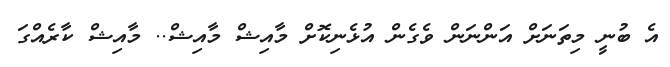
އެ ބުނީ މިތަނަށް އަންނަން ވެގެން އުޅެނިކޮށް މާއިޝް މާއިޝް.. މާއިޝް ކާރެއްގަ